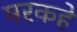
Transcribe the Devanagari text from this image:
मरकहे